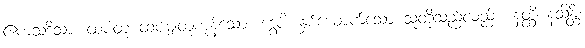
ဧကသဒိသာ၊ ထပ်တူ ထပ်မျှတူကုန်သော။ ဒွေပိ၊ နှစ်ယောက်သော သူတို့သည်လည်း။ နတ္ထိ နသိန္တိ၊